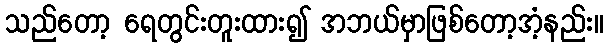
သည်တော့ ရေတွင်းတူးထား၍ အဘယ်မှာဖြစ်တော့အံ့နည်း။